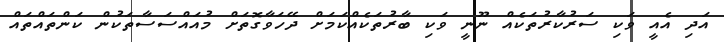
އަދި އެއީ ވަކި ސަރުކާރުތަކެއް ނޫނީ ވަކި ބާރުތަކެއްކަމަށް ދޭހަވާގޮތަށް މުއައްސަސާތަކުން ކަންތައްތައް